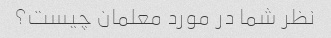
نظر شما در مورد معلمان چیست؟